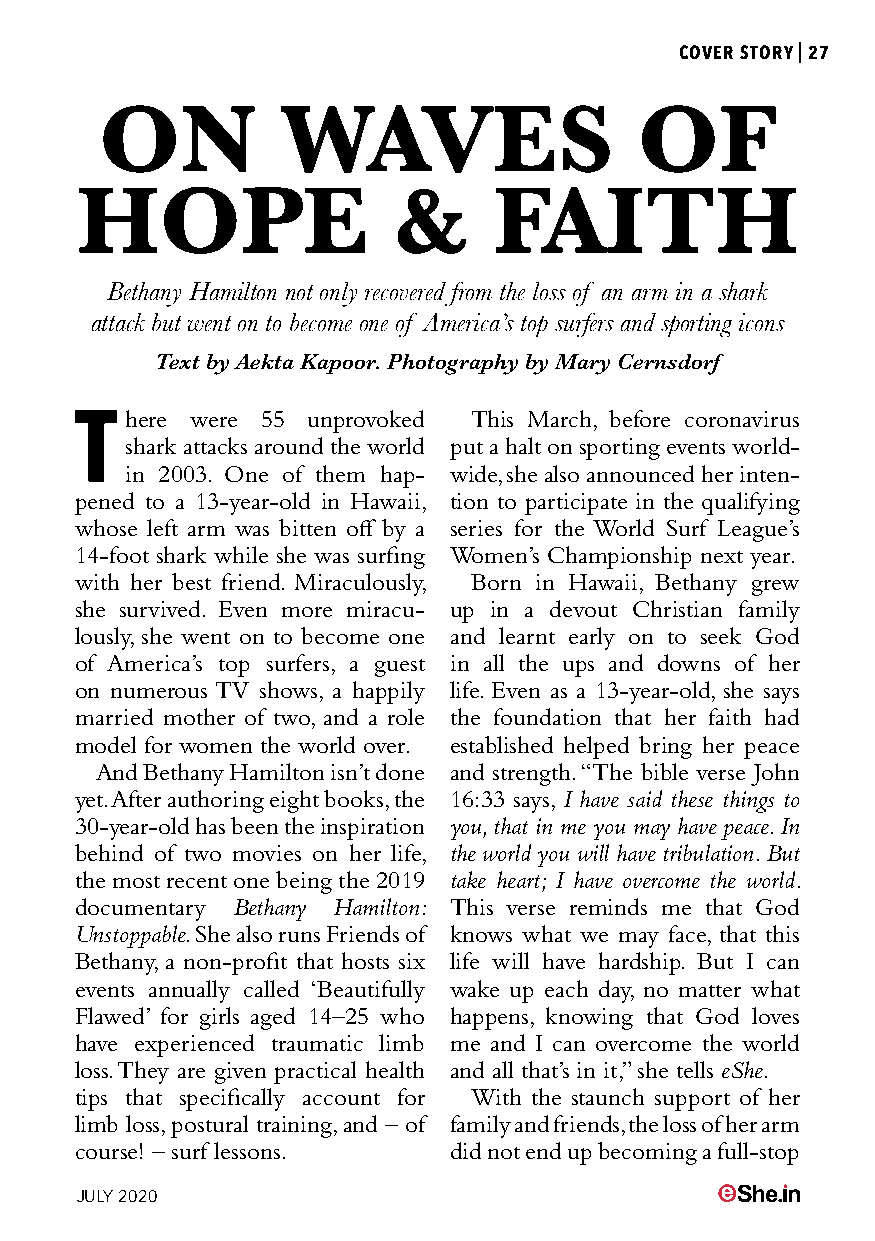
COVER STORY|27
 ON          WAVES                  OF
 HOPE                 &      FAITH
 Bethany Hamilton not only recovered from the loss of an arm in a shark
 attack but went on to become one of America’s top surfers and sporting icons
 Text by Aekta Kapoor. Photography by Mary Cernsdorf
 T  here were 55 unprovoked This March, before coronavirus
 shark attacks around the world put a halt on sporting events world-
 in 2003. One of them hap- wide, she also announced her inten-
 pened to a 13-year-old in Hawaii, tion to participate in the qualifying
 whose left arm was bitten off by a series for the World Surf League’s
 14-foot shark while she was surfing Women’s Championship next year.
 with her best friend. Miraculously, Born in Hawaii, Bethany grew
 she survived. Even more miracu- up in a devout Christian family
 lously, she went on to become one and learnt early on to seek God
 of America’s top surfers, a guest in all the ups and downs of her
 on numerous TV shows, a happily life. Even as a 13-year-old, she says
 married mother of two, and a role the foundation that her faith had
 model for women the world over. established helped bring her peace
 And Bethany Hamilton isn’t done and strength. “The bible verse John
 yet. After authoring eight books, the 16:33 says, I have said these things to
 30-year-old has been the inspiration you, that in me you may have peace. In
 behind of two movies on her life, the world you will have tribulation. But
 the most recent one being the 2019 take heart; I have overcome the world.
 documentary Bethany Hamilton: This verse reminds me that God
 Unstoppable. She also runs Friends of knows what we may face, that this
 Bethany, a non-profit that hosts six life will have hardship. But I can
 events annually called ‘Beautifully wake up each day, no matter what
 Flawed’ for girls aged 14–25 who happens, knowing that God loves
 have experienced traumatic limb me and I can overcome the world
 loss. They are given practical health and all that’s in it,” she tells eShe.
 tips that specifically account for With the staunch support of her
 limb loss, postural training, and – of family and friends, the loss of her arm
 course! – surf lessons.  did not end up becoming a full-stop
 JULY 2020